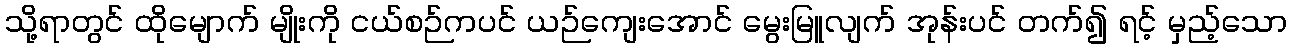
သို့ရာတွင် ထိုမျောက် မျိုးကို ငယ်စဉ်ကပင် ယဉ်ကျေးအောင် မွေးမြူလျက် အုန်းပင် တက်၍ ရင့် မှည့်သော